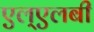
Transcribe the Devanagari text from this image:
एल्‌एलबी